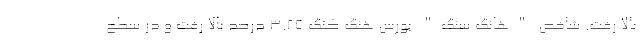
بالا رفت. شاخص "هانگ سنگ" بورس هنگ کنگ ۳.۲۵ درصد بالا رفت و در سطح